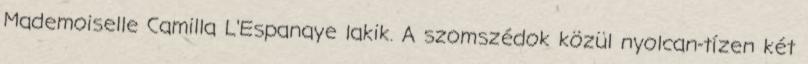
Mademoiselle Camilla L'Espanaye lakik. A szomszédok közül nyolcan-tízen két